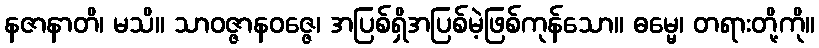
နဇာနာတိ၊ မသိ။ သာဝဇ္ဇာနဝဇ္ဇေ၊ အပြစ်ရှိအပြစ်မဲ့ဖြစ်ကုန်သော။ ဓမ္မေ၊ တရားတို့ကို။